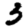
Digit: 3